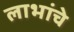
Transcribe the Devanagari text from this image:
लाभांचे